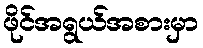
ဖိုင်အရွယ်အစားမှာ